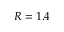
R = 1 . 4